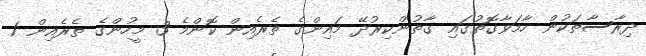
ދިރާސާތަކުން ހާމަވާގޮތުގައި ގާތުންކިރުދޭ މައިންގެ ތެރެއިން ކޮންމެ 3 މީހުންގެ ތެރެއިން 1